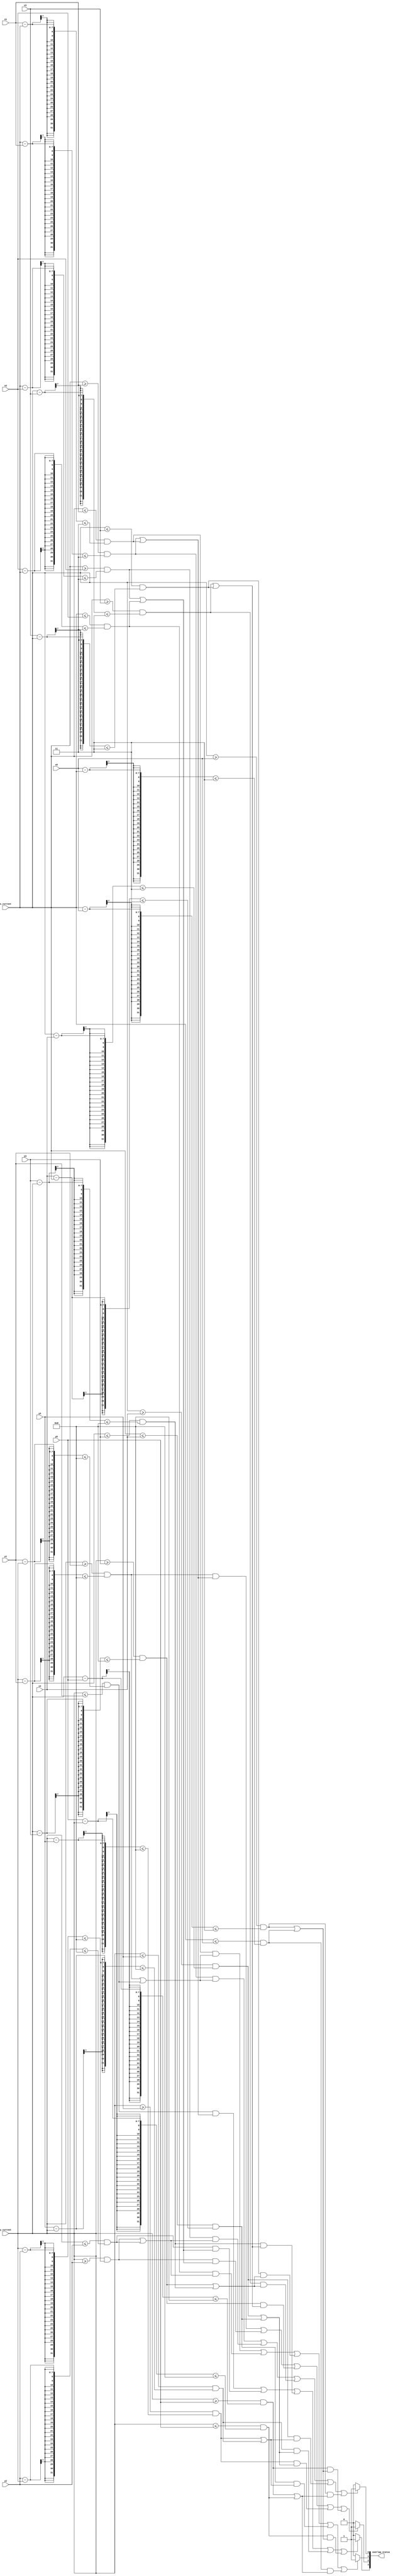
`timescale 1ns / 1ps
//////////////////////////////////////////////////////////////////////////////////
// Company: 
// 
// Design Name: 
// Module Name: overlap
// Project Name: 
// Description: 
// Given the current position of a player, and 5 other players, detect if there are 
// overlap on 4 directions (left, right, up, down)
//////////////////////////////////////////////////////////////////////////////////

// Returns 2-bit overlap_status. [0] left, [1] right, [2] up, [3] down. HIGH if overlap, LOW otherwise
module overlap(input [6:0] x_current, y_current, x1, y1, x2, y2, x3, y3, x4, y4, x5, y5, output reg [3:0] overlap_status);
    parameter width = 3;
    parameter height = 8;
    
    always @ (*) begin
        if (x_current >= x1 && x_current - x1 <= width && (y_current >= y1 && y_current - y1 <= height || y_current <= y1 && y1 - y_current <= height) || 
            x_current >= x2 && x_current - x2 <= width && (y_current >= y2 && y_current - y2 <= height || y_current <= y2 && y2 - y_current <= height) || 
            x_current >= x3 && x_current - x3 <= width && (y_current >= y3 && y_current - y3 <= height || y_current <= y3 && y3 - y_current <= height) ||
            x_current >= x4 && x_current - x4 <= width && (y_current >= y4 && y_current - y4 <= height || y_current <= y4 && y4 - y_current <= height) || 
            x_current >= x5 && x_current - x5 <= width && (y_current >= y5 && y_current - y5 <= height || y_current <= y5 && y5 - y_current <= height)) begin
            overlap_status[0] = 1;
        end
        else begin
            overlap_status[0] = 0;
        end
        
        if (x_current <= x1 && x1 - x_current <= width && (y_current >= y1 && y_current - y1 <= height || y_current <= y1 && y1 - y_current <= height) || 
            x_current <= x2 && x2 - x_current <= width && (y_current >= y2 && y_current - y2 <= height || y_current <= y2 && y2 - y_current <= height) || 
            x_current <= x3 && x3 - x_current <= width && (y_current >= y3 && y_current - y3 <= height || y_current <= y3 && y3 - y_current <= height) ||
            x_current <= x4 && x4 - x_current <= width && (y_current >= y4 && y_current - y4 <= height || y_current <= y4 && y4 - y_current <= height) || 
            x_current <= x5 && x5 - x_current <= width && (y_current >= y5 && y_current - y5 <= height || y_current <= y5 && y5 - y_current <= height)) begin
            overlap_status[1] = 1;
        end
        else begin
            overlap_status[1] = 0;
        end
        
        if (y_current >= y1 && y_current - y1 <= height && (x_current >= x1 && x_current - x1 <= width || x_current <= x1 && x1 - x_current <= width) || 
            y_current >= y2 && y_current - y2 <= height && (x_current >= x2 && x_current - x2 <= width || x_current <= x2 && x2 - x_current <= width) || 
            y_current >= y3 && y_current - y3 <= height && (x_current >= x3 && x_current - x3 <= width || x_current <= x3 && x3 - x_current <= width) ||
            y_current >= y4 && y_current - y4 <= height && (x_current >= x4 && x_current - x4 <= width || x_current <= x4 && x4 - x_current <= width) || 
            y_current >= y5 && y_current - y5 <= height && (x_current >= x5 && x_current - x5 <= width || x_current <= x5 && x5 - x_current <= width)) begin
            overlap_status[2] = 1;
        end
        else begin
            overlap_status[2] = 0;
        end
        
        if (y_current <= y1 && y1 - y_current <= height && (x_current >= x1 && x_current - x1 <= width || x_current <= x1 && x1 - x_current <= width) || 
            y_current <= y2 && y2 - y_current <= height && (x_current >= x2 && x_current - x2 <= width || x_current <= x2 && x2 - x_current <= width) || 
            y_current <= y3 && y3 - y_current <= height && (x_current >= x3 && x_current - x3 <= width || x_current <= x3 && x3 - x_current <= width) ||
            y_current <= y4 && y4 - y_current <= height && (x_current >= x4 && x_current - x4 <= width || x_current <= x4 && x4 - x_current <= width) || 
            y_current <= y5 && y5 - y_current <= height && (x_current >= x5 && x_current - x5 <= width || x_current <= x5 && x5 - x_current <= width)) begin
            overlap_status[3] = 1;
        end
        else begin
            overlap_status[3] = 0;
        end        
    end
endmodule